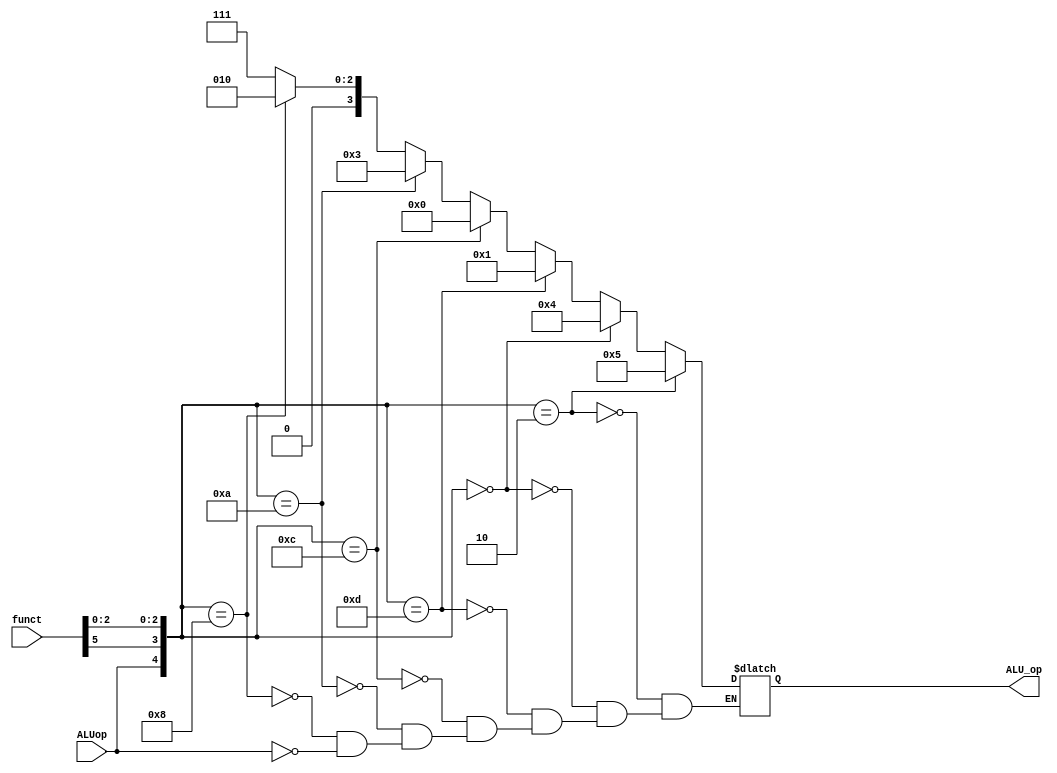
// ALU CONTROL UNIT
// Generates ALU_op
// ALUop function:
// 0 -> R-type; 1-> I-type; 
//4'b0000:  (bitwise AND)
//4'b0001:  (bitwise OR)
//4'b0010:  (Add A+B)
//4'b0011:  (Subtract A-B)
//4'b0100:  (Shift logical left)
//4'b0101:  (Shift logical right)
//4'b0111:  (Simply outputs B; useful for li)

module ALU_Control_Unit(ALUop, funct, ALU_op);

// Declare inputs
input ALUop; //from Main_Control_Unit
input [5:0] funct; //from Instruction_Fetch Unit

// Declare output
output reg [3:0] ALU_op; 

// Intermediate signals useful for generation of ALU_op
wire [4:0] select;
assign select = {ALUop, funct[5], funct[2], funct[1], funct[0]};

always @(*)
begin

//li operation
if(select[4]==1) 
begin
	ALU_op[3:0]=4'b0111;
end

// add operation
if(select[4:0] == 5'b01000)
begin
	ALU_op[3:0]=4'b0010;
end

//sub operation
if(select[4:0] == 5'b01010)
begin
	ALU_op[3:0]=4'b0011;
end

//and operation
if(select[4:0] == 5'b01100)
begin
	ALU_op[3:0]=4'b0000;
end

//or operation
if(select[4:0] == 5'b01101)
begin
	ALU_op[3:0]=4'b0001;
end

//sll operation 
if(select[4:0] == 5'b00000)
begin
	ALU_op[3:0]=4'b0100;
end

//srl operation
if(select[4:0] == 5'b00010)
begin
	ALU_op[3:0]=4'b0101;
end

end
endmodule